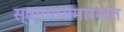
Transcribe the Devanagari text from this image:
स्वागतसमारंभात